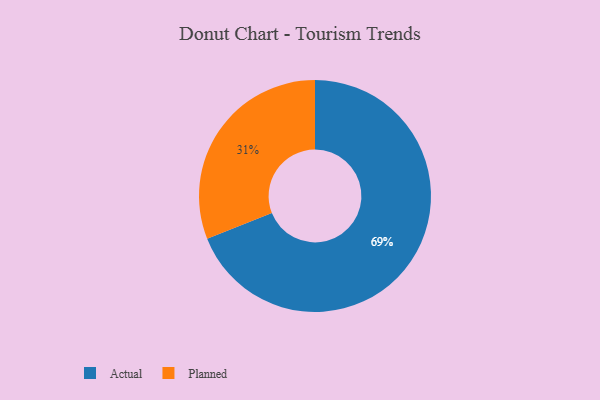
{"axis": {"x": "Category", "y": "Percentage"}, "legend": ["Actual", "Planned"], "data": [{"x": "Planned", "y": 31, "type": "Planned"}, {"x": "Actual", "y": 69, "type": "Actual"}]}